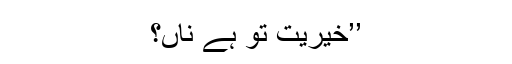
’’خیریت تو ہے ناں؟